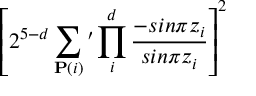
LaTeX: \left[ 2 ^ { 5 - d } \sum _ { { \bf P } ( i ) } \prime \prod _ { i } ^ { d } { \frac { - s i n \pi z _ { i } } { s i n \pi z _ { i } } } \right] ^ { 2 }